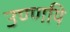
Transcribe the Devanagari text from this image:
उण्णयि